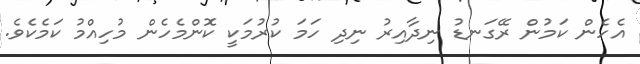
އެހެން ކަމުން ރޭގަނޑު ނިދާއިރު ނިދި ހަމަ ކުރުމަކީ ކޮންމެހެން މުހިއްމު ކަމެކެވެ.